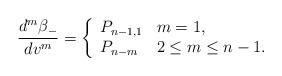
LaTeX: \begin{align*} \frac{d^m\beta_-}{dv^m}=\left\{ \begin{array}{ll} P_{n-1,1} & m=1,\\ P_{n-m} & 2\leq m\leq n-1. \end{array}\right.\end{align*}